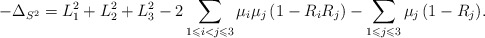
\begin{align*} -\Delta_{S^2}=L_1^2+L_2^2+L_3^2-2\sum_{1\leqslant i<j\leqslant 3}\mu_i\mu_j\,(1-R_iR_j)-\sum_{1\leqslant j\leqslant 3}\mu_j\,(1-R_{j}).\end{align*}